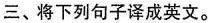
三、将下列句子译成英文。